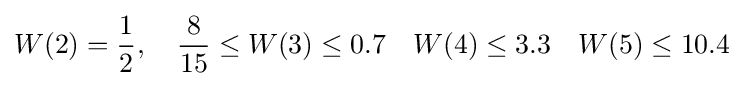
W(2)={\frac {1}{2}},\quad {\frac {8}{15}}\leq W(3)\leq 0.7\quad W(4)\leq 3.3\quad W(5)\leq 10.4